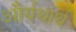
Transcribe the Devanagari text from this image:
और्यथार्थ